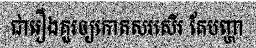
ជារឿងគួរឲ្យកោតសរសើរ តែបញ្ហា